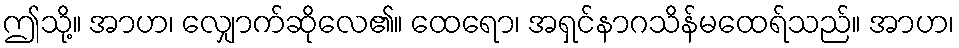
ဤသို့။ အာဟ၊ လျှောက်ဆိုလေ၏။ ထေရော၊ အရှင်နာဂသိန်မထေရ်သည်။ အာဟ၊